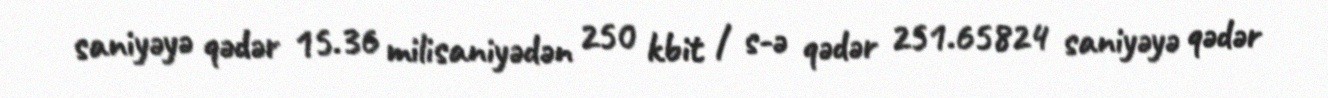
saniyəyə qədər 15.36 milisaniyədən 250 kbit / s-ə qədər 251.65824 saniyəyə qədər